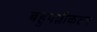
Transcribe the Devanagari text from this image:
बहुपत्नीकत्व